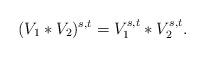
LaTeX: \begin{align*}(V_1 \ast V_2)^{ s , t} = V_1^{ s, t} \ast V_2^{ s , t }.\end{align*}